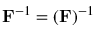
\mathbf { F } ^ { - 1 } = ( \mathbf { F } ) { } ^ { - 1 }